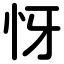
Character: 㤉